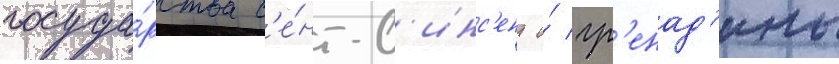
госуда́рства с'е́нт-в'инс'ент и́ гр'енад'ины